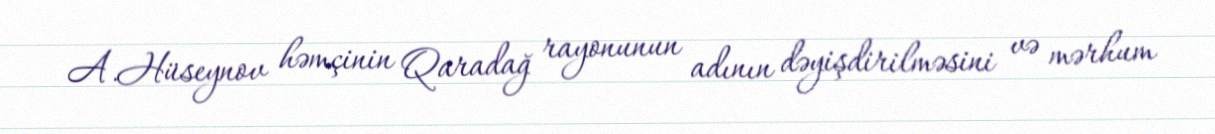
A.Hüseynov həmçinin Qaradağ rayonunun adının dəyişdirilməsini və mərhum